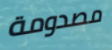
مصدومة